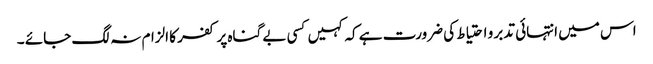
اس میں انتہائی تدبر و احتیاط کی ضرورت ہے کہ کہیں کسی بے گناہ پر کفر کا الزام نہ لگ جائے ۔